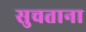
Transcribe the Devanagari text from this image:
सुचताना